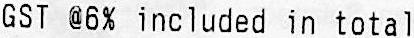
GST @6% INCLUDED IN TOTAL